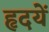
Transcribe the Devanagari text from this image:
हृदयें